Scottish Leaving Certificate Examination, 1953
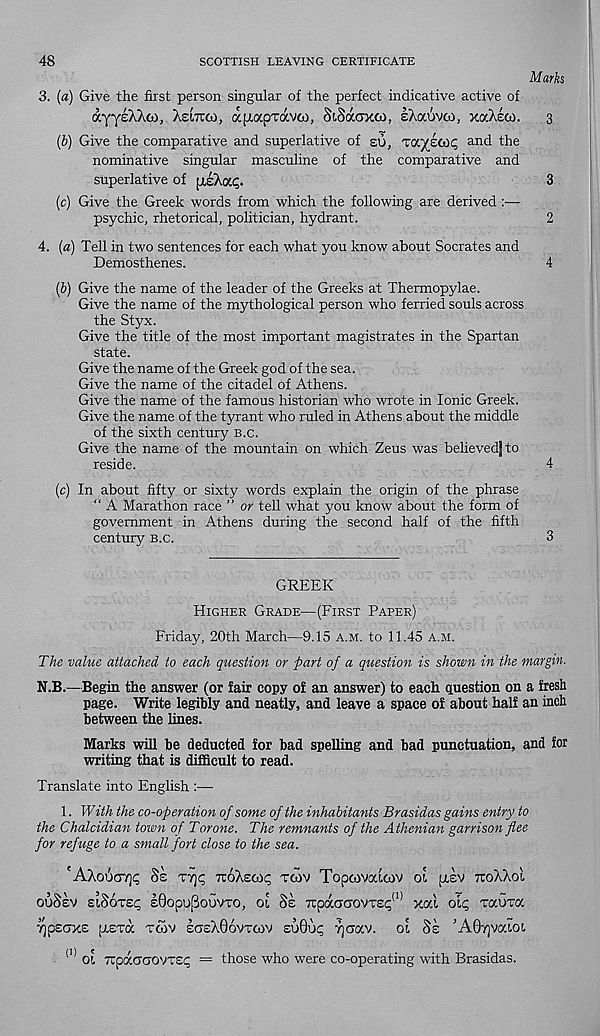
48
SCOTTISH LEAVING CERTIFICATE
Marks
3. (a) Give the first person singular of the perfect indicative active of
ayyeAAco, Astrao, apiapTavco, SiSaoxco, lAaovco, xaAeto.
3
(b) Give the comparative and superlative of so, XCC/iaq, and the
nominative singular masculine of the comparative and
superlative of piiAai;.
3
(c) Give the Greek words from which the following are derived :—-
psychic, rhetorical, politician, hydrant.
2
4. (a) Tell in two sentences for each what you know about Socrates and
Demosthenes.
4
(b) Give the name of the leader of the Greeks at Thermopylae.
Give the name of the mythological person who ferried souls across
the Styx.
Give the title of the most important magistrates in the Spartan
state.
Give the name of the Greek god of the sea.
Give the name of the citadel of Athens.
Give the name of the famous historian who wrote in Ionic Greek.
Give the name of the tyrant who ruled in Athens about the middle
of the sixth century b.c.
Give the name of the mountain on which Zeus was believedj to
reside.
4
(c) In about fifty or sixty words explain the origin of the phrase
“ A Marathon race ” or tell what you know about the form of
government in Athens during the second half of the fifth
century b.c.
3
GREEK
Higher Grade—(First Paper)
Friday, 20th March—9.15 a.m. to 11.45 a.m.
The value attached to each question or part of a question is shown in the margin.
N.B.—Begin the answer (or fair copy of an answer) to each question on a fresh
page. Write legibly and neatly, and leave a space of about half an inch
between the lines.
Marks will be deducted for bad spelling and bad punctuation, and for
writing that is difficult to read.
Translate into English :—
1. IVith the co-operation of some of the inhabitants Brasidas gains entry to
the Chalcidian town of Torone. The remnants of the Athenian garrison flee
for refuge to a small fort close to the sea.
'AXou<ry]<; 8e tt)<; tuoasoic; tgiv Topcovaicov 01 piv ttoXXoI
ouSev ciSotec £0opuf3ouvTO, ol Ss 7ipacrcjovTS<; (1) xal ole Tauva
■pEGXS [LETOC TCOV £GeA06vTCOV Z'jQoC, fjGC/.V. Ol 8k ’A07]VO«Ot.
(]) Ol TtpocGCTOVTSi; = those who were co-operating with Brasidas.